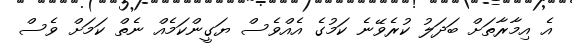
އެ އިމާރާތަށް ބަދަލު ކުރެވޭނެ ކަމުގެ އެއްވެސް ޔަގީންކަމެއް ނެތް ކަމަށް ވެސް